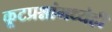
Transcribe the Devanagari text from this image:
कूटप्रश्नांमध्येही